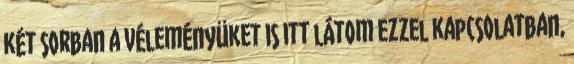
két sorban a véleményüket is itt látom ezzel kapcsolatban,